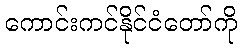
ကောင်းကင်နိုင်ငံတော်ကို